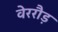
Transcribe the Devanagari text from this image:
वेररौड़